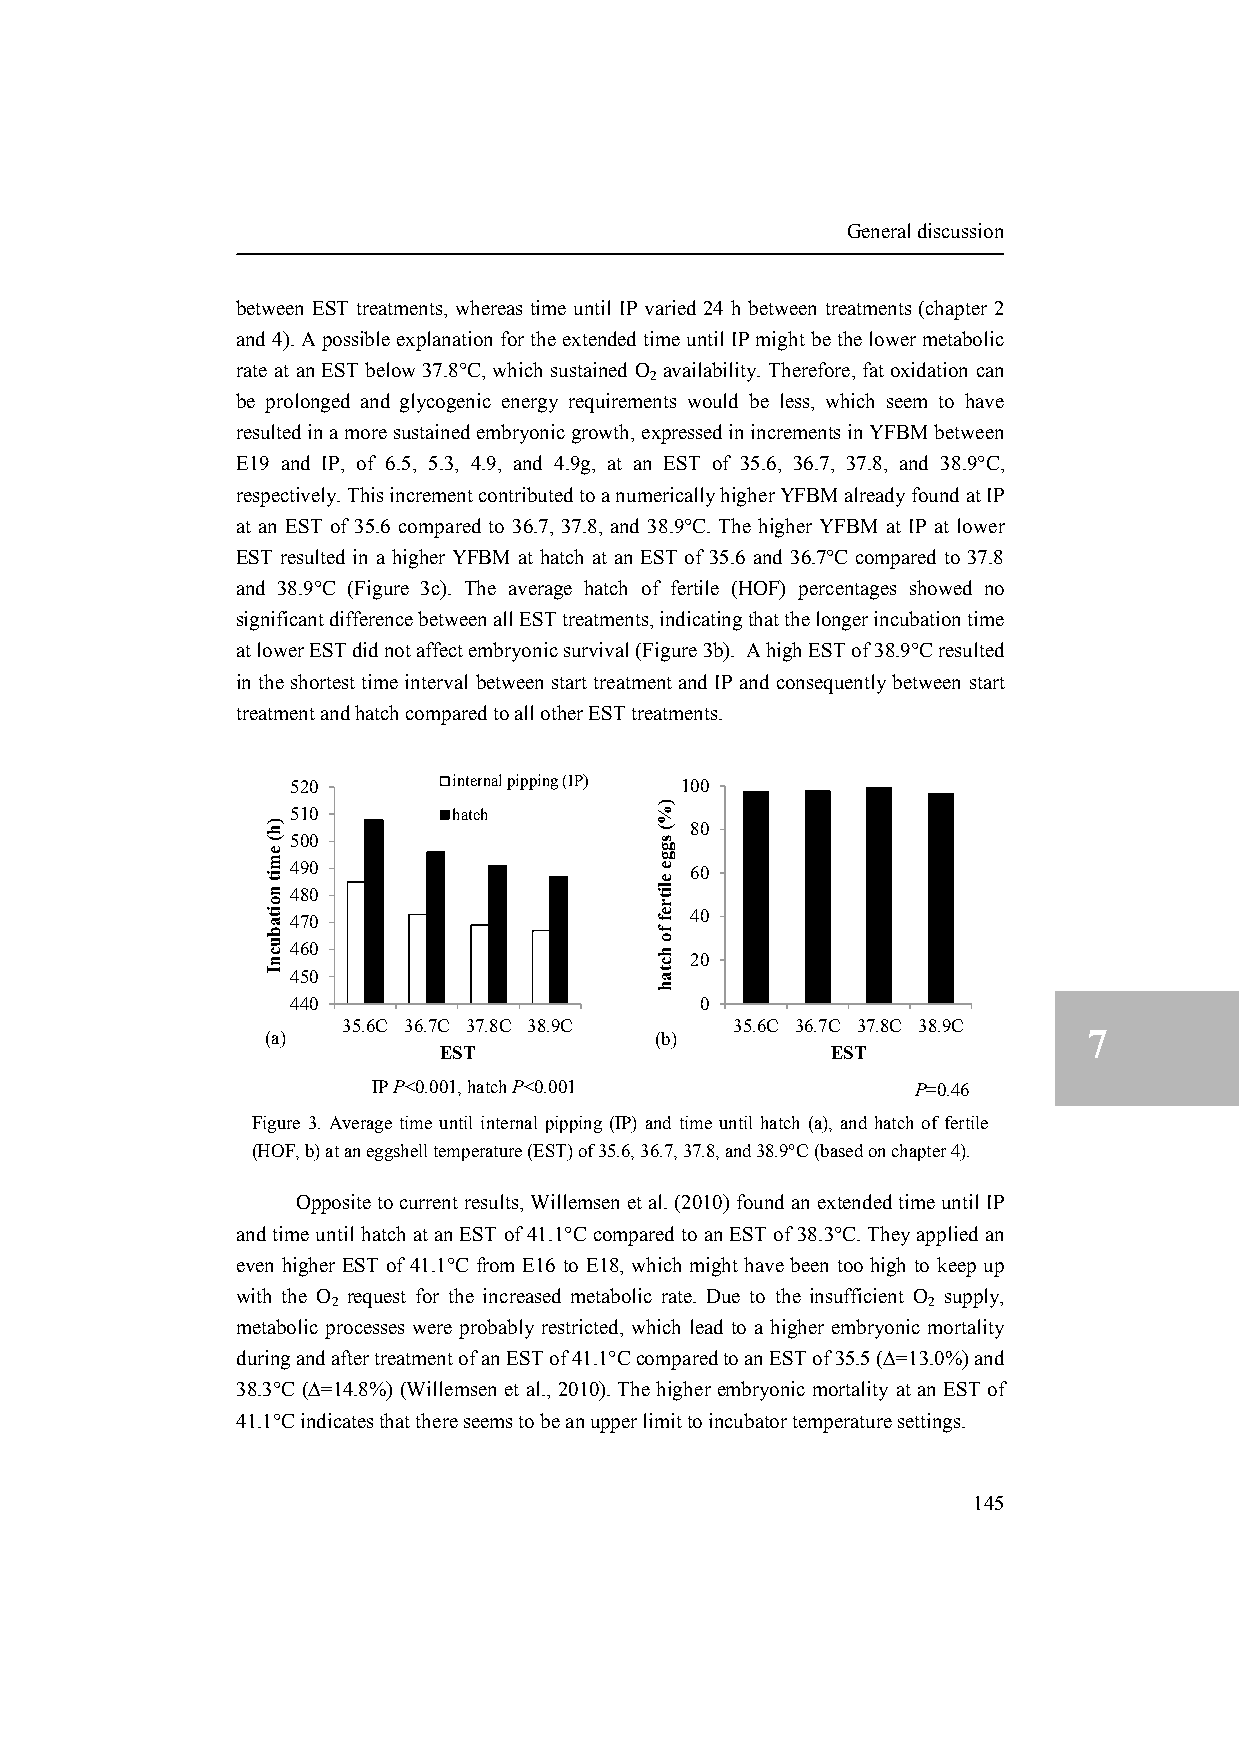
General discussion
 between EST treatments, whereas time until IP varied 24 h between treatments (chapter 2
 and 4). A possible explanation for the extended time until IP might be the lower metabolic
 rate at an EST below 37.8°C, which sustained O availability. Therefore, fat oxidation can
 2
 be prolonged and glycogenic energy requirements would be less, which seem to have
 resulted in a more sustained embryonic growth, expressed in increments in YFBM between
 E19 and IP, of 6.5, 5.3, 4.9, and 4.9g, at an EST of 35.6, 36.7, 37.8, and 38.9°C,
 respectively. This increment contributed to a numerically higher YFBM already found at IP
 at an EST of 35.6 compared to 36.7, 37.8, and 38.9°C. The higher YFBM at IP at lower
 EST resulted in a higher YFBM at hatch at an EST of 35.6 and 36.7°C compared to 37.8
 and 38.9°C (Figure 3c). The average hatch of fertile (HOF) percentages showed no
 significant difference between all EST treatments, indicating that the longer incubation time
 at lower EST did not affect embryonic survival (Figure 3b). A high EST of 38.9°C resulted
 in the shortest time interval between start treatment and IP and consequently between start
 treatment and hatch compared to all other EST treatments.
 520        internal pipping (IP) 100
 510        hatch
 80
 500
 490                        60
 480
 470                        40
 460
 20
 450
 440                        0
 35.6C 36.7C 37.8C 38.9C   35.6C 36.7C 37.8C 38.9C
 (a)                      (b)                          7
 EST                       EST
 IP P<0.001, hatch P<0.001           P=0.46
 Figure 3. Average time until internal pipping (IP) and time until hatch (a), and hatch of fertile
 (HOF, b) at an eggshell temperature (EST) of 35.6, 36.7, 37.8, and 38.9°C (based on chapter 4).
 Opposite to current results, Willemsen et al. (2010) found an extended time until IP
 and time until hatch at an EST of 41.1°C compared to an EST of 38.3°C. They applied an
 even higher EST of 41.1°C from E16 to E18, which might have been too high to keep up
 with the O request for the increased metabolic rate. Due to the insufficient O supply,
 2                                      2
 metabolic processes were probably restricted, which lead to a higher embryonic mortality
 during and after treatment of an EST of 41.1°C compared to an EST of 35.5 (∆=13.0%) and
 38.3°C (∆=14.8%) (Willemsen et al., 2010). The higher embryonic mortality at an EST of
 41.1°C indicates that there seems to be an upper limit to incubator temperature settings.
 145
 )h(
 emit
 noitabucnI
 )%(
 sgge
 elitref
 fo
 hctah